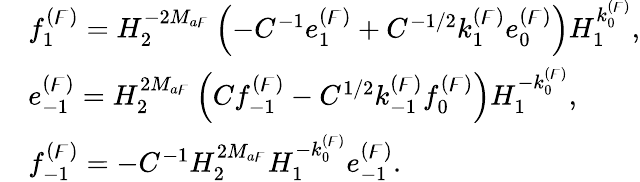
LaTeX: \begin{array}{rl}&{f_{1}^{(\digamma)}=H_{2}^{-2M_{a\digamma}}\left(-C^{-1}e_{1}^{(\digamma)}+C^{-1/2}k_{1}^{(\digamma)}e_{0}^{(\digamma)}\right)H_{1}^{k_{0}^{(\digamma)}},}\\ &{e_{-1}^{(\digamma)}=H_{2}^{2M_{a\digamma}}\left(Cf_{-1}^{(\digamma)}-C^{1/2}k_{-1}^{(\digamma)}f_{0}^{(\digamma)}\right)H_{1}^{-k_{0}^{(\digamma)}},}\\ &{f_{-1}^{(\digamma)}=-C^{-1}H_{2}^{2M_{a\digamma}}H_{1}^{-k_{0}^{(\digamma)}}e_{-1}^{(\digamma)}.}\end{array}